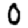
Digit: 0